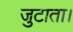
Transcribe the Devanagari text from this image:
जुटाता।